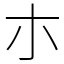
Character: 朩